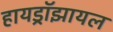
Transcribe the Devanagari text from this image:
हायड्रॉझायल